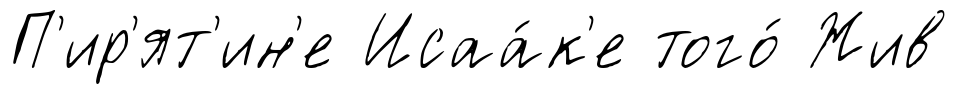
П'ир'ят'ин'е Исаа́к'е того́ Жив